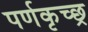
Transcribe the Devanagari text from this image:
पर्णकृच्छ्र